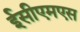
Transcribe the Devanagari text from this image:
ईसीएमएस